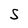
Character: S